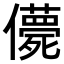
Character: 𠐿